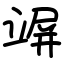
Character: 竮